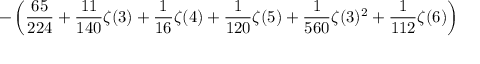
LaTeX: \displaystyle - \left( \frac { 6 5 } { 2 2 4 } + \frac { 1 1 } { 1 4 0 } \zeta ( 3 ) + \frac { 1 } { 1 6 } \zeta ( 4 ) + \frac { 1 } { 1 2 0 } \zeta ( 5 ) + \frac { 1 } { 5 6 0 } \zeta ( 3 ) ^ { 2 } + \frac { 1 } { 1 1 2 } \zeta ( 6 ) \right)